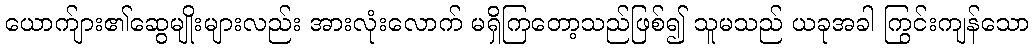
ယောက်ျား၏ဆွေမျိုးများလည်း အားလုံးလောက် မရှိကြတော့သည်ဖြစ်၍ သူမသည် ယခုအခါ ကြွင်းကျန်သော